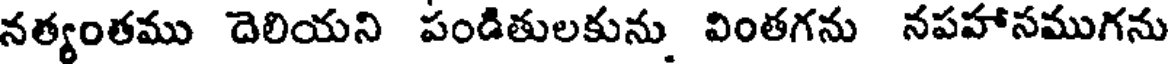
నత్యంతము దెలియని పండితులకును వింతగను నపహాసముగను